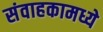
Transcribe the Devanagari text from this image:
संवाहकामध्ये